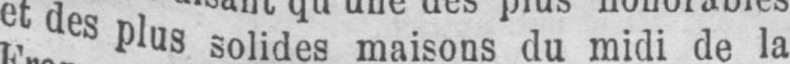
et des plus solides maisons du midi de la